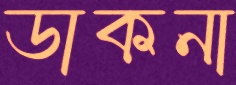
ডাকনা